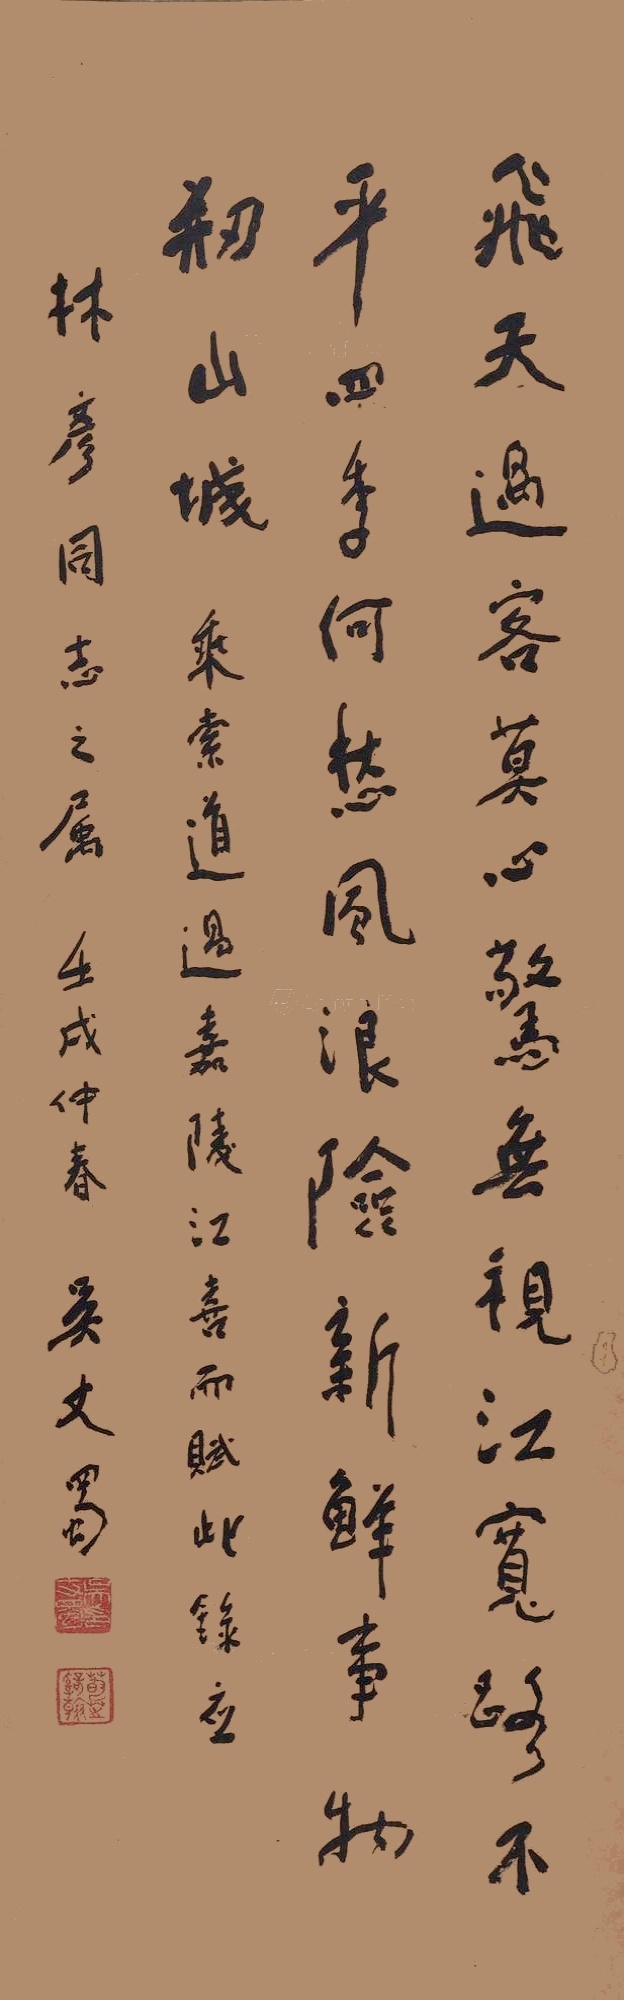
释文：飞天过客莫心惊，无视江宽路不平。四季何愁风浪险，新鲜事物剏山城。乘索道过嘉陵江喜而赋此录应，林彦同志之属，壬戌仲春，吴丈蜀。